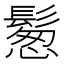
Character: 𩮀